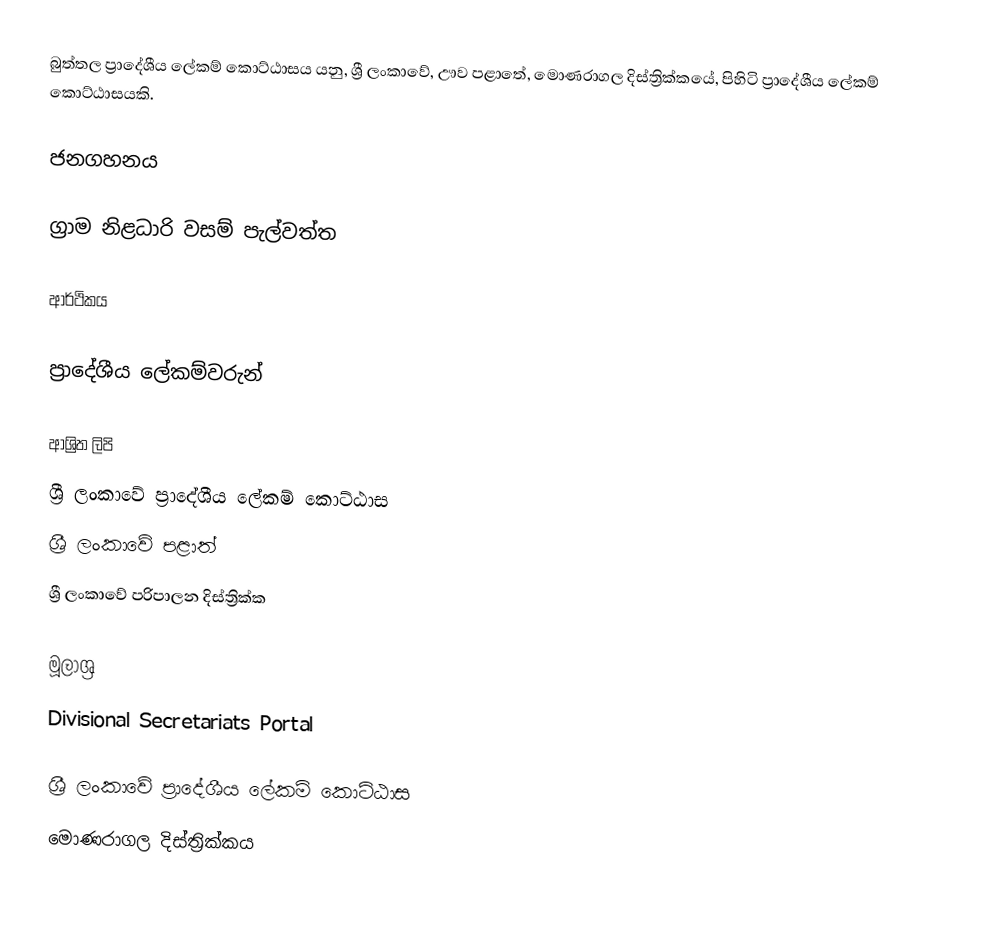
බුත්තල ප්‍රාදේශීය ලේකම් කොට්ඨාසය යනු,  ශ්‍රී ලංකාවේ, ඌව පළාතේ,   මොණරාගල දිස්ත්‍රික්කයේ, පිහිටි ප්‍රාදේශීය ලේකම් කොට්ඨාසයකි.

ජනගහනය

ග්‍රාම නිළධාරි වසම් පැල්වත්ත

ආර්ථිකය

ප්‍රාදේශීය ලේකම්වරුන්

ආශ්‍රිත ලිපි
ශ්‍රී ලංකාවේ ප්‍රාදේශීය ලේකම් කොට්ඨාස
ශ්‍රී ලංකාවේ පළාත්
ශ්‍රී ලංකාවේ පරිපාලන දිස්ත්‍රික්ක

මූලාශ්‍ර
 Divisional Secretariats Portal

ශ්‍රී ලංකාවේ ප්‍රාදේශීය ලේකම් කොට්ඨාස
මොණරාගල දිස්ත්‍රික්කය